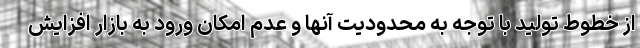
از خطوط تولید با توجه به محدودیت آنها و عدم امکان ورود به بازار افزایش